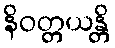
နိဝတ္တယန္တိ